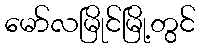
မော်လမြိုင်မြို့တွင်